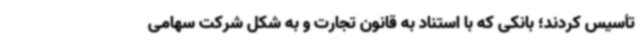
تأسیس کردند؛ بانکی که با استناد به قانون تجارت و به شکل شرکت سهامی